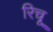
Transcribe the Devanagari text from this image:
रिचू